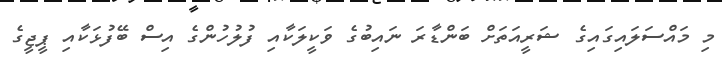
މި މައްސަލައިގައިގެ ޝަރީއަތަށް ބަންޑާރަ ނައިބުގެ ވަކީލަކާއި ފުލުހުންގެ އިސް ބޭފުޅަކާއި ޕީޖީގެ